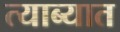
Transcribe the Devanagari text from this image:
त्याब्यात